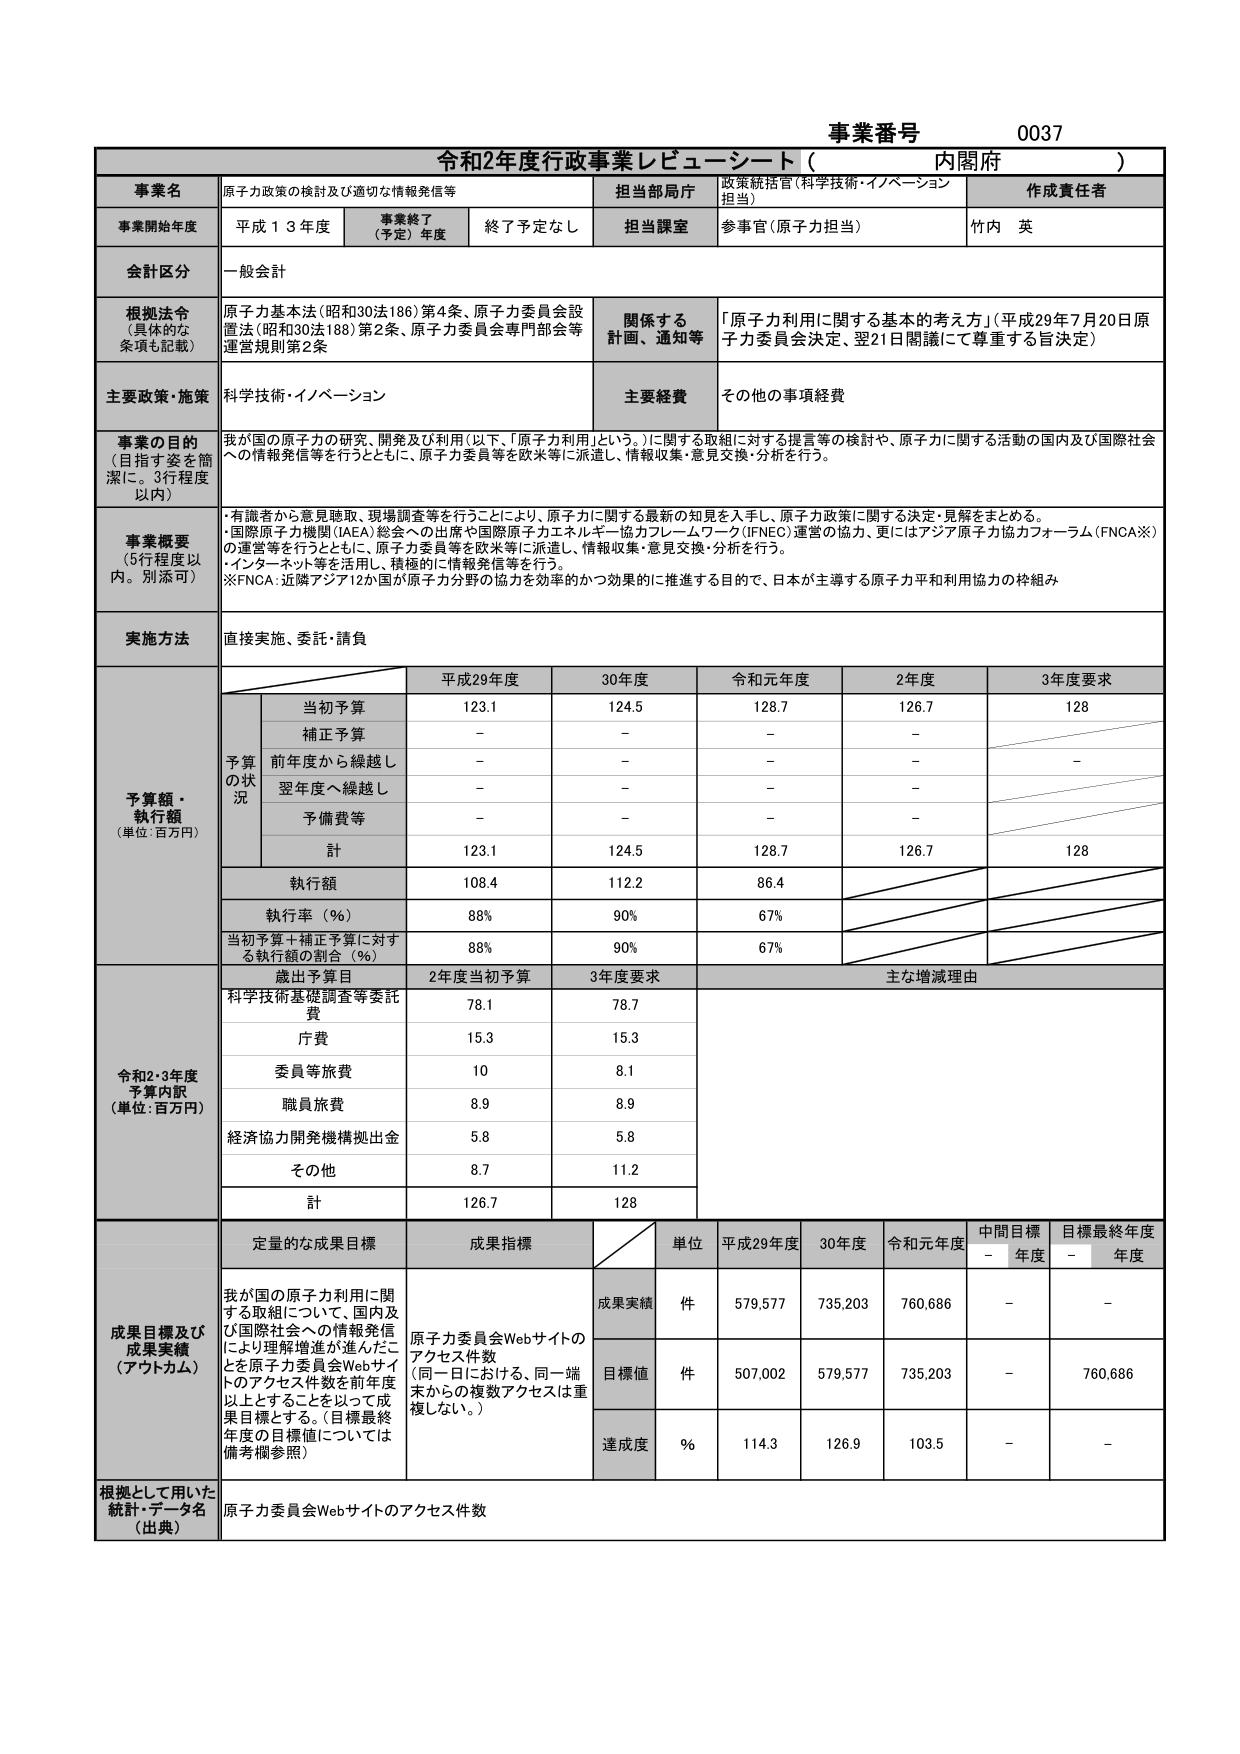
事業番号 0037
令和2年度行政事業レビューシート（内閣府）

事業名 原子力政策の検討及び適切な情報発信等
担当当局庁 政策統括官（科学技術・イノベーション担当）
作成責任者 竹内 英

事業開始年度 平成１３年度
事業終了（予定）年度 終了予定なし
担当課室 参事官（原子力担当）

会計区分 一般会計

根拠法令（具体的な条項も記載）
原子力基本法（昭和30法186）第4条、原子力委員会設置法（昭和30法188）第2条、原子力委員会専門部会等運営規則第2条
関係する計画、通知等 「原子力利用に関する基本的考え方」（平成29年7月20日原子力委員会決定、翌21日閣議にて尊重する旨決定）

主要政策・施策 科学技術・イノベーション
主要経費 その他の事項経費

事業の目的（目指す姿を簡潔に。3行程度以内）
我が国の原子力の研究、開発及び利用（以下、「原子力利用」という。）に関する取組に対する提言等の検討や、原子力に関する活動の国内及び国際社会への情報発信等を行うとともに、原子力委員等を欧米等に派遣し、情報収集・意見交換・分析を行う。

事業概要（5行程度以内。別添可）
・有識者から意見聴取、現場調査等を行うことにより、原子力に関する最新の知見を入手し、原子力政策に関する決定・見解をまとめる。
・国際原子力機関（IAEA）総会への出席や国際原子力エネルギー協力フレームワーク（IFNEC）運営の協力、更にはアジア原子力協力フォーラム（FNCA※）の運営等を行うとともに、原子力委員等を欧米等に派遣し、情報収集・意見交換・分析を行う。
・インターネット等を活用し、積極的に情報発信等を行う。
※FNCA：近隣アジア12か国が原子力分野の協力を効率的かつ効果的に推進する目的で、日本が主導する原子力平和利用協力の枠組み

実施方法 直接実施、委託・請負

予算額・執行額（単位：百万円）
平成29年度 30年度 令和元年度 2年度 3年度要求
当初予算 123.1 124.5 128.7 126.7 128
補正予算 － － － －
前年度から繰越し － － － －
翌年度へ繰越し － － － －
予備費等 － － － －
計 123.1 124.5 128.7 126.7 128
執行額 108.4 112.2 86.4
執行率（％） 88% 90% 67%
当初予算＋補正予算に対する執行額の割合（％） 88% 90% 67%

令和2・3年度予算内訳（単位：百万円）
歳出予算目 2年度当初予算 3年度要求 主な増減理由
科学技術基礎調査等委託費 78.1 78.7
庁費 15.3 15.3
委員等旅費 10 8.1
職員旅費 8.9 8.9
経済協力開発機構拠出金 5.8 5.8
その他 8.7 11.2
計 126.7 128

成果目標及び成果実績（アウトカム）
定量的な成果目標 成果指標 単位 平成29年度 30年度 令和元年度 中間目標年度 目標最終年度
我が国の原子力利用に関する取組について、国内及び国際社会への情報発信により理解増進が進んだことを原子力委員会Webサイトのアクセス件数を前年度以上とすることを以って成果目標とする。（目標最終年度の目標値については備考欄参照）
成果実績 件 579,577 735,203 760,686 － －
目標値 件 507,002 579,577 735,203 － 760,686
達成度 ％ 114.3 126.9 103.5 － －

根拠として用いた統計・データ名（出典） 原子力委員会Webサイトのアクセス件数